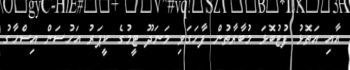
އާއި އަތޮޅު ފުޓުބޮޅަ މުބާރާތުން ފާހަގަވި މަނަދޫ ޓީމުގެ ކީޕަރު އަހުސަން އިސްހާގު